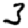
Digit: 3